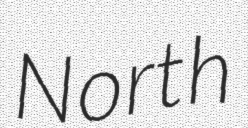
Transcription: North